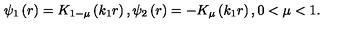
\psi _ { 1 } \left( r \right) = K _ { 1 - \mu } \left( k _ { 1 } r \right) , \psi _ { 2 } \left( r \right) = - K _ { \mu } \left( k _ { 1 } r \right) , 0 < \mu < 1 .